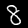
Digit: 8